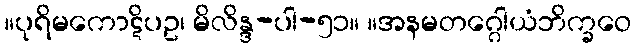
။ပုရိမကောဋိပဥ၊ မိလိန္ဒ-ပါ-၅၁။ ။အနမတဂ္ဂေါယံဘိက္ခဝေ